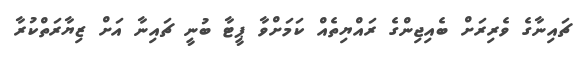
ޗައިނާގެ ވެރިރަށް ބެއިޖިންގެ ރައްޔިތެއް ކަމަށްވާ ޕީޓާ ބުނީ ޗައިނާ އަށް ޒިޔާރަތްކުރާ